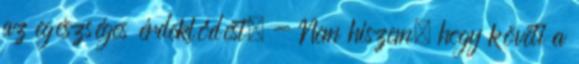
az egészséges érdeklődést. - Nem hiszem, hogy követi a